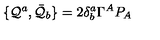
\{ { \cal Q } ^ { a } , \bar { { \cal Q } } _ { b } \} = 2 \delta _ { b } ^ { a } \Gamma ^ { A } P _ { A }